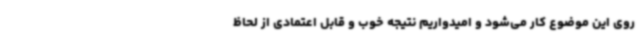
روی این موضوع کار می‌شود و امیدواریم نتیجه خوب و قابل اعتمادی از لحاظ